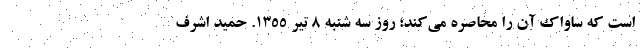
است که ساواک آن را محاصره می‌کند؛ روز سه شنبه ۸ تیر ۱۳۵۵. حمید اشرف